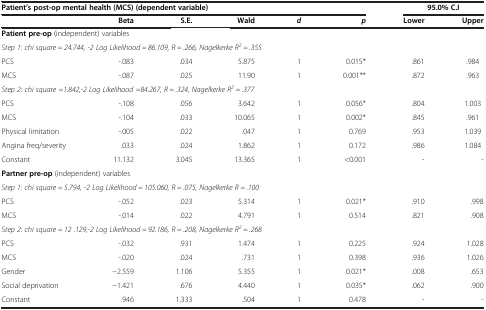
| <COLSPAN=6> Patient’s post-op mental health (MCS) (dependent variable) |  | 95.0% C.I |
 |  | Beta | S.E. | Wald | d | p | Lower | Upper |
 | --- | --- | --- | --- | --- | --- | --- | --- |
 | <COLSPAN=8> Patient pre-op (independent) variables |
 | <COLSPAN=8> Step 1: chi square = 24.744, -2 Log Likelihood = 86.109, R = .266, Nagelkerke R2 = .355 |
 | PCS | -.083 | .034 | 5.875 | 1 | 0.015* | .861 | .984 |
 | MCS | -.087 | .025 | 11.90 | 1 | 0.001** | .872 | .963 |
 | <COLSPAN=8> Step 2: chi square =1.842,-2 Log Likelihood =84.267, R = .324, Nagelkerke R2 = .377 |
 | PCS | -.108 | .056 | 3.642 | 1 | 0.056* | .804 | 1.003 |
 | MCS | -.104 | .033 | 10.065 | 1 | 0.002* | .845 | .961 |
 | Physical limitation | -.005 | .022 | .047 | 1 | 0.769 | .953 | 1.039 |
 | Angina freq/severity | .033 | .024 | 1.862 | 1 | 0.172 | .986 | 1.084 |
 | Constant | 11.132 | 3.045 | 13.365 | 1 | <0.001 | - | - |
 | <COLSPAN=8> Partner pre-op (independent) variables |
 | <COLSPAN=8> Step 1: chi square = 5.794, -2 Log Likelihood = 105.060, R = .075, Nagelkerke R = .100 |
 | PCS | -.052 | .023 | 5.314 | 1 | 0.021* | .910 | .998 |
 | MCS | -.014 | .022 | 4.791 | 1 | 0.514 | .821 | .908 |
 | <COLSPAN=8> Step 2: chi square = 12 .129,-2 Log Likelihood = 92.186, R = .208, Nagelkerke R2 = .268 |
 | PCS | -.032 | .931 | 1.474 | 1 | 0.225 | .924 | 1.028 |
 | MCS | -.020 | .024 | .731 | 1 | 0.398 | .936 | 1.026 |
 | Gender | −2.559 | 1.106 | 5.355 | 1 | 0.021* | .008 | .653 |
 | Social deprivation | −1.421 | .676 | 4.440 | 1 | 0.035* | .062 | .900 |
 | Constant | .946 | 1.333 | .504 | 1 | 0.478 | - | - |